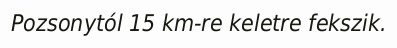
Pozsonytól 15 km-re keletre fekszik.